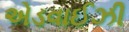
એડવાઈઝી